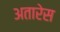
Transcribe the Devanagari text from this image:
अतारेस